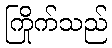
ကြိုက်သည်